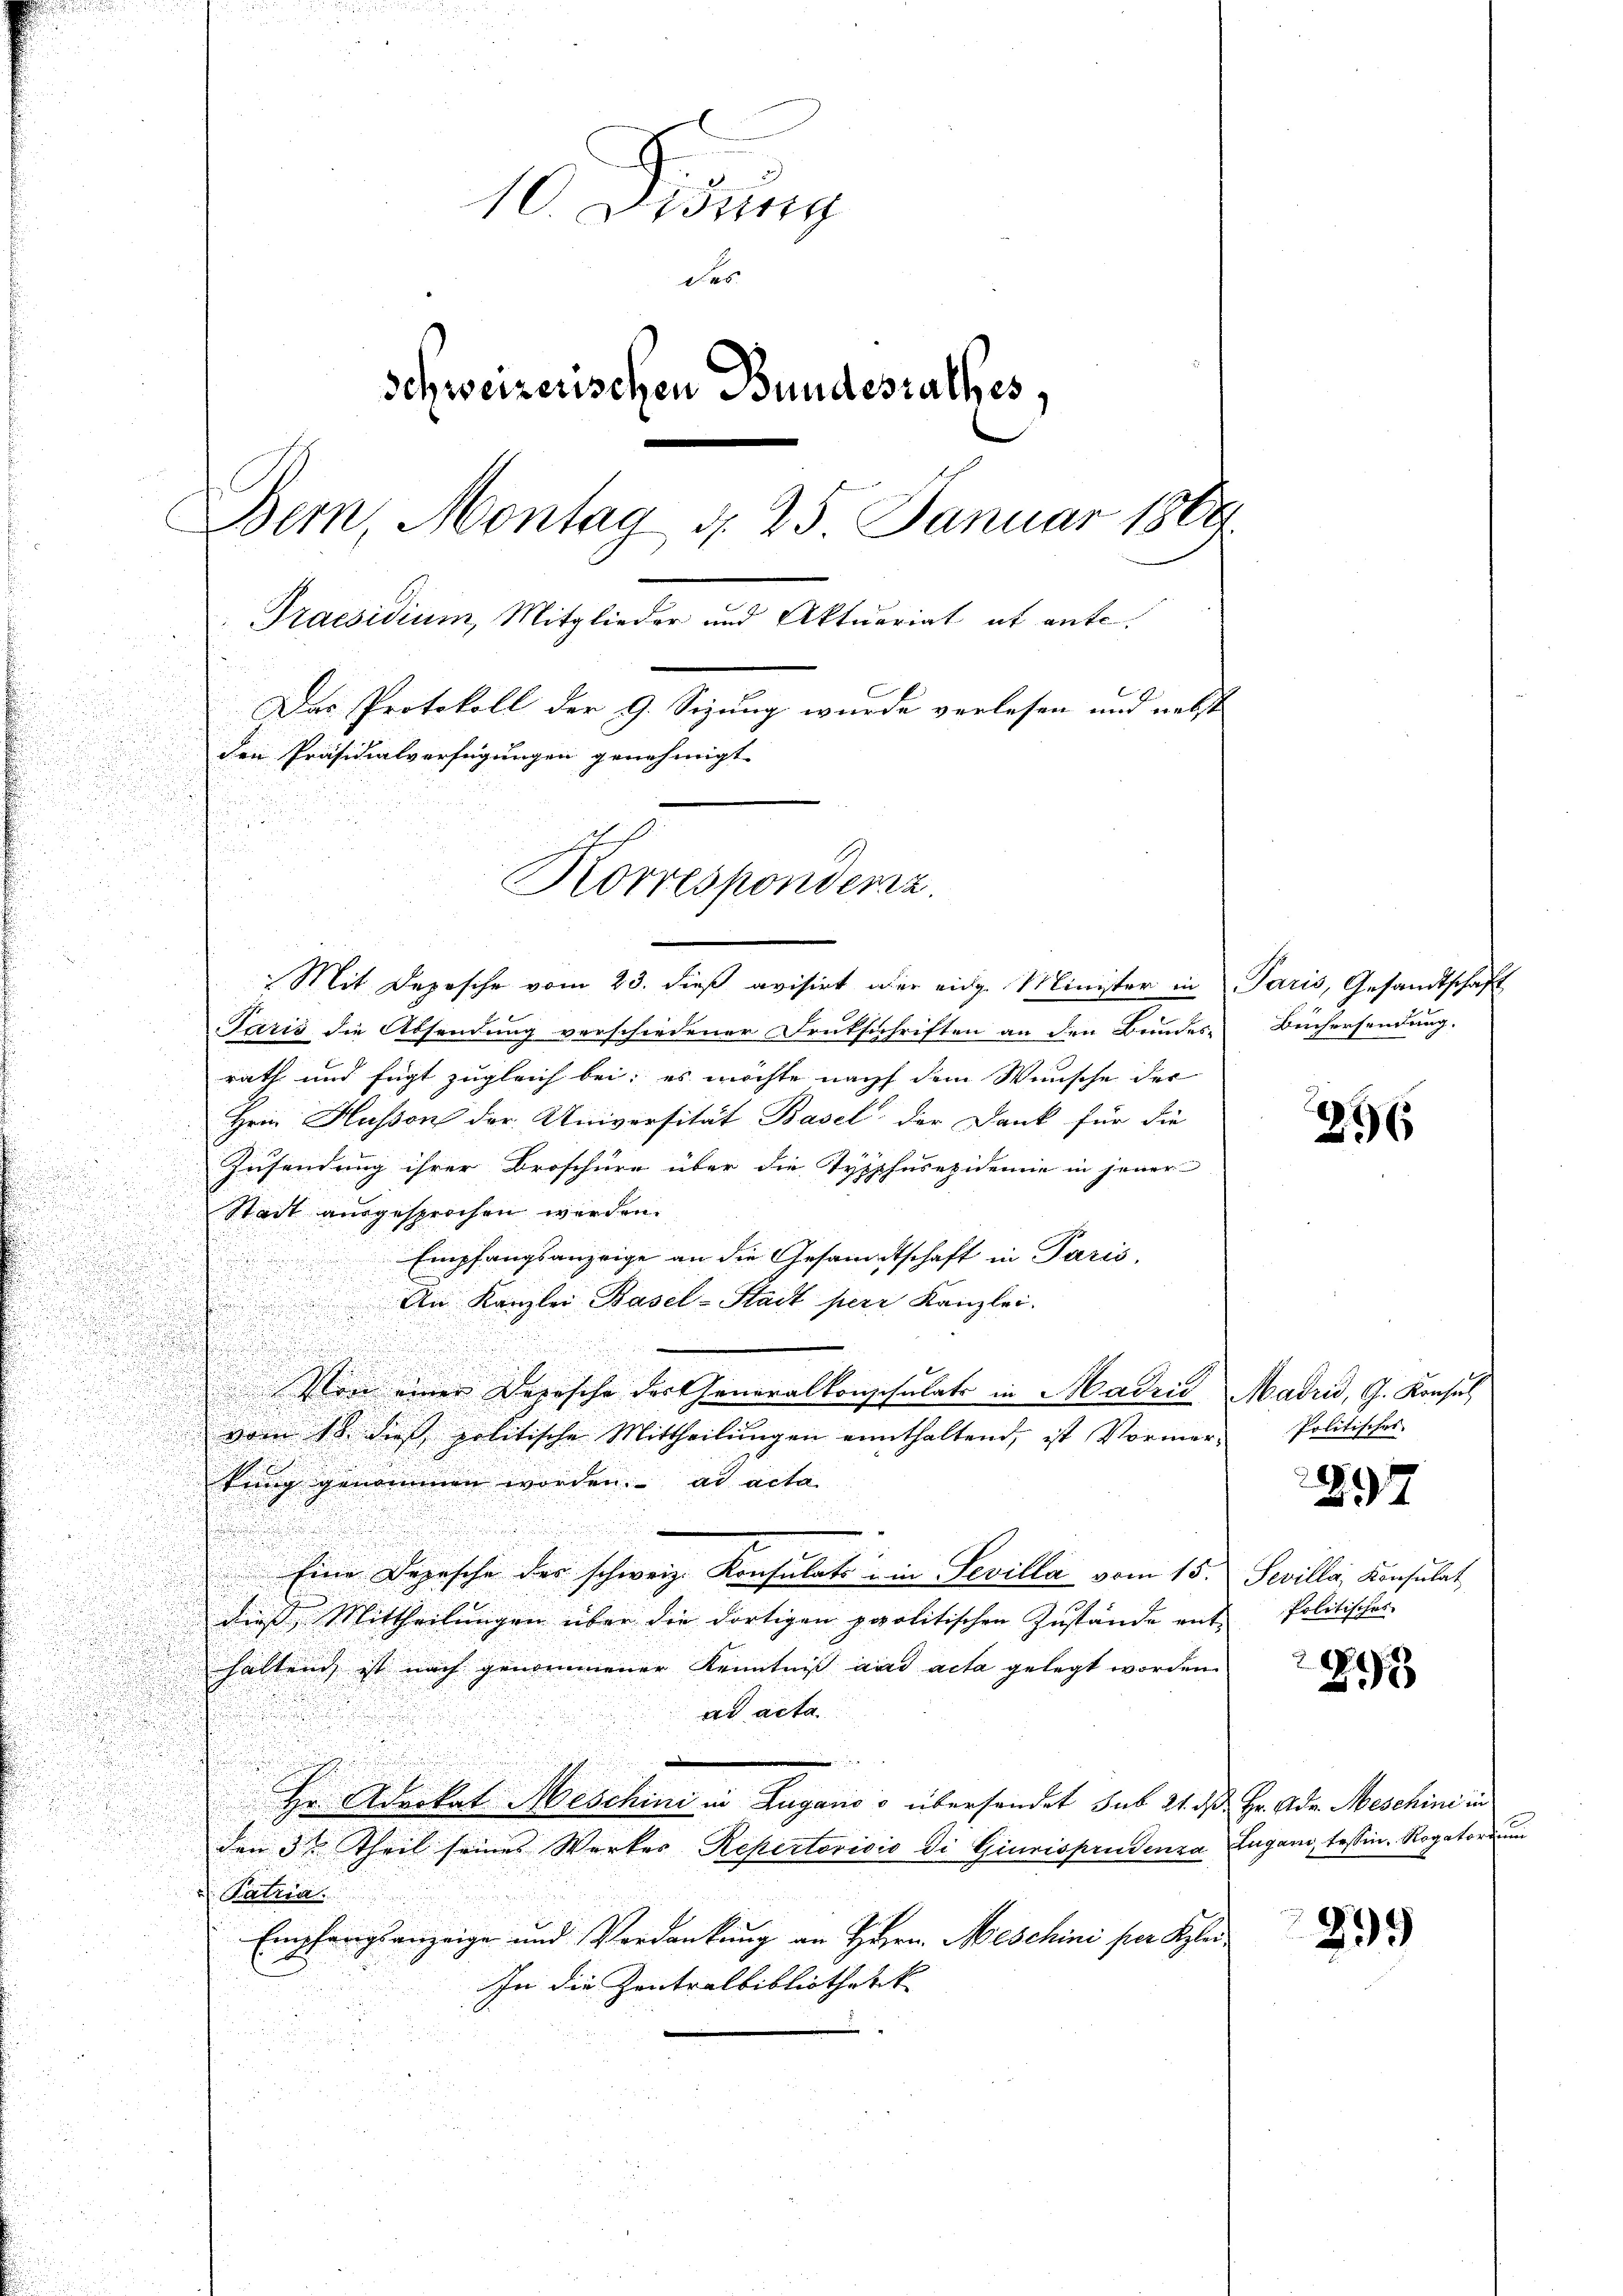
10. Aug
das
schweizerischen Bundesrathes,
Bern, Montag d. 25 Januar 1869
Praesidium, Mitglieder und Aktuariat et ente
Das Protokoll der 9. Sizung wurde verlesen und nebst
den Präsidialverfügungen genehmigt.
2
Korrespondenz.

Mit Depesche vom 23. dieß avisirt oder eidg. Minister in Paris, Gesandtschaft
Paris die Absendung verschiedener Drukschriften an den Bundes-
rath und fügt zugleich bei; es möchte nach dem Wunsche der
Hrin Husson der Universität Basel der Dank für die
Zusendung ihrer Broschüre über die Typpfusepidemie in jener
Stadt ausgesprochen werden.
Empfangsanzeige an die Gesandtschaft in Paris,
An Kanzlei Basel-Stadt perr Kanzlei.
Von einer Depesche der Generalkonschulats in Madrić, Madrid, G. Konsul

vom 18. dies politische Mittheilungen einthaltend, ist Vormer-

kung genommen worden. ad acta
u
u
a
Eine Depesche der schweiz. Konsulats in Sevilla vom 15.
dieß, Mittheilungen über die dortigen politischen Zustände ent-
haltend ist nach genommener Kenntniss und acta gelegt worden.
ad acta
u
Hr. Aderkal Meschini in Zugano o übersendet sub 21. ds.
den 3ten Theil seines Werkes Repertorisio di Giurisprudenza Lugano, Tessin. Rogatorium
 Patria.
Empfangsanzeige und Verdankung an Herrn Meschini per Klei¬
In die Zentralbibliothekk

Bechersendung.

296

Politisches

897

Sevilla, Konsulat
Politisches

23

Hr. Adr. Meschini in

299